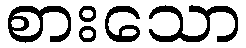
စားသော